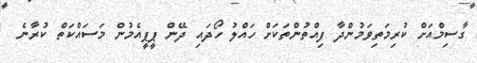
ގާސިމްއަށް ކުރިމަތިވަމުންދާ ފިއްތުންތަކަށް ހައްލު ހޯދައި ދޭން ޕީޕީއެމުން މަސައްކަތް ކުރާނެ